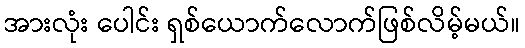
အားလုံး ပေါင်း ရှစ်ယောက်လောက်ဖြစ်လိမ့်မယ်။